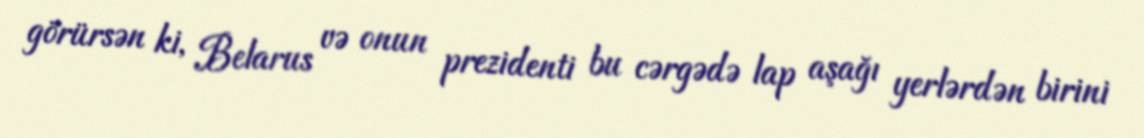
görürsən ki, Belarus və onun prezidenti bu cərgədə lap aşağı yerlərdən birini